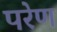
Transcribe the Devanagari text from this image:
परेण